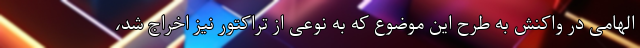
الهامی در واکنش به طرح این موضوع که به نوعی از تراکتور نیز اخراج شد،